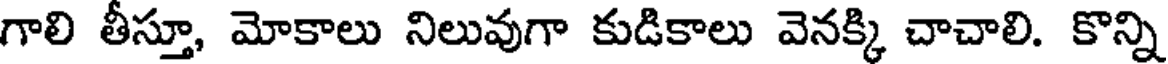
గాలి తీస్తూ, మోకాలు నిలువుగా కుడికాలు వెనక్కి చాచాలి. కొన్ని